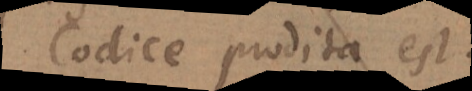
Codice prodita est.